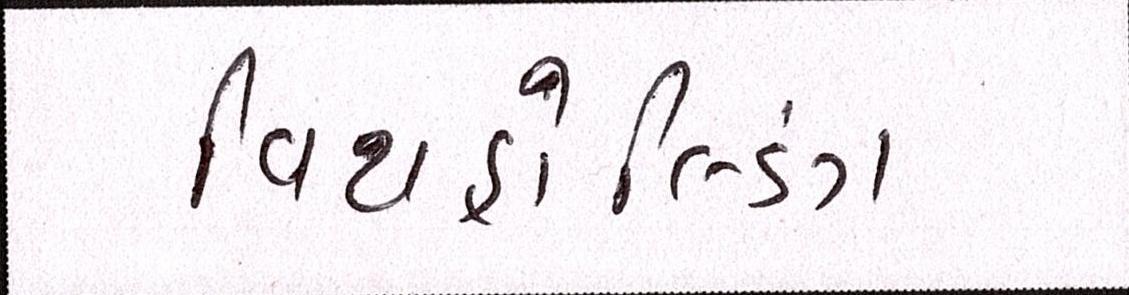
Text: વિથહોલ્ડિંગ